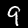
Digit: 9